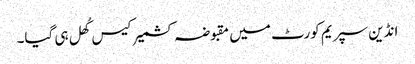
انڈین سپریم کورٹ میں مقبوضہ کشمیر کیس کُھل ہی گیا۔